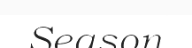
Season